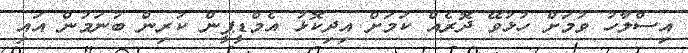
އިސްލާހު ވުމަށް ހުޅުވޭ ދޮރެއް ކަމަށް އިދިކޮޅު އެމްޑީޕީން ކުރިން ބުނަމުން އައި